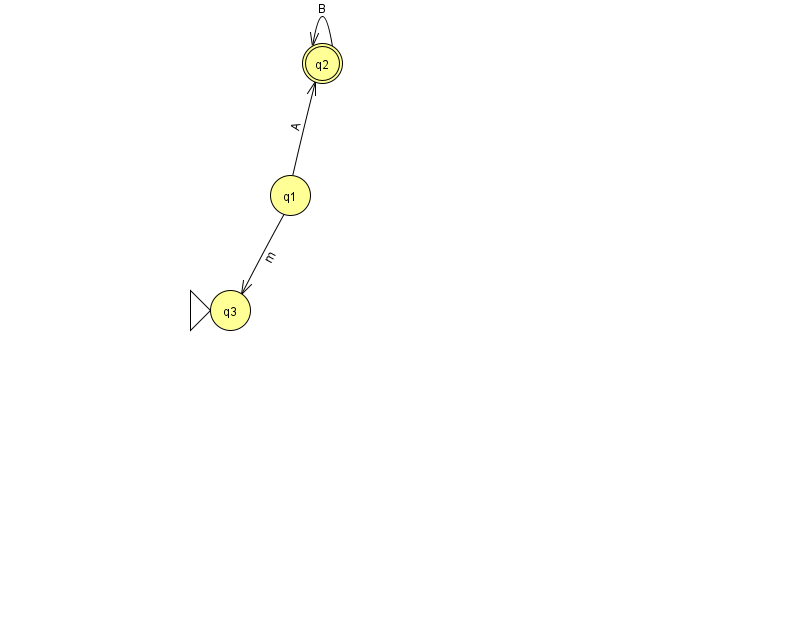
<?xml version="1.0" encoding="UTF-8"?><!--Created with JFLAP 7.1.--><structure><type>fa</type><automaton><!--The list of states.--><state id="1" name="q1"><x>290.0</x><y>182.0</y></state><state id="2" name="q2"><x>322.0</x><y>50.0</y><final/></state><state id="3" name="q3"><x>230.0</x><y>297.0</y><initial/></state><!--The list of transitions.--><transition><from>2</from><to>2</to><read>B</read></transition><transition><from>1</from><to>3</to><read>m</read></transition><transition><from>1</from><to>2</to><read>A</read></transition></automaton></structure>